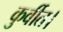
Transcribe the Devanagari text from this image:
कुर्वीत।